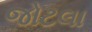
જોટલા